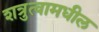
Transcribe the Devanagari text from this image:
शत्रुत्वामधील